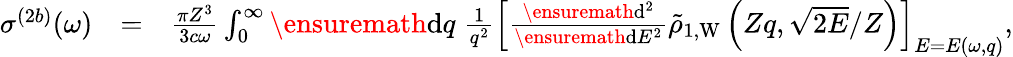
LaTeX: \begin{array}{rlr}{\sigma^{(2b)}(\omega)}&{=}&{\frac{\pi Z^{3}}{3c\omega}\int_{0}^{\infty}\ensuremath{\mathrm{d}}q\; \frac{1}{q^{2}}\left[\frac{\ensuremath{\mathrm{d}}^{2}}{\ensuremath{\mathrm{d}}E^{2}}\tilde{\rho}_{1,\mathrm{W}}\left(Zq,\sqrt{2E}/Z\right)\right]_{E=E(\omega,q)},}\end{array}